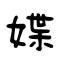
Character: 媟